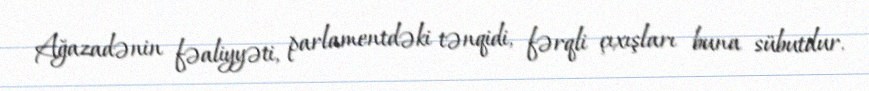
Ağazadənin fəaliyyəti, parlamentdəki tənqidi, fərqli çıxışları buna sübutdur.